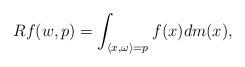
LaTeX: \begin{align*}Rf(w,p)=\int_{\langle x,\omega\rangle=p} f(x)dm(x),\end{align*}